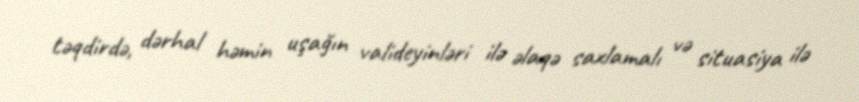
təqdirdə, dərhal həmin uşağın valideyinləri ilə əlaqə saxlamalı və situasiya ilə